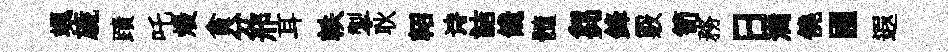
颯旒蹟吒熳貪分邢耳軼掣耿軺诗詰饞髓芻鋒覈笥務日满僥圃遐